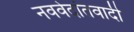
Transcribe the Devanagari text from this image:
नववेदांतवादी